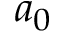
a _ { 0 }